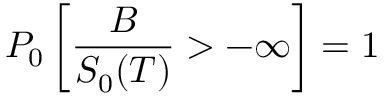
P _ { 0 } \left[ { \frac { B } { S _ { 0 } ( T ) } } > - \infty \right] = 1